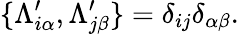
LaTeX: \{ \Lambda_{i\alpha}^{\prime},\Lambda_{j\beta}^{\prime}\} =\delta_{ij}\delta_{\alpha\beta}.